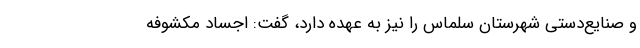
و صنایع‌دستی شهرستان سلماس را نیز به عهده دارد، گفت: اجساد مکشوفه